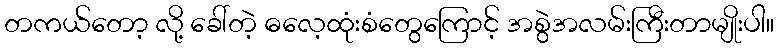
တကယ်တော့ လို့ ခေါ်တဲ့ ဓလေ့ထုံးစံတွေကြောင့် အစွဲအလမ်းကြီးတာမျိုးပါ။